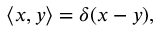
\langle x , y \rangle = \delta ( x - y ) ,